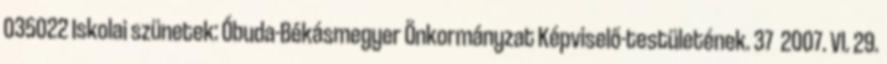
035022 Iskolai szünetek: Óbuda-Békásmegyer Önkormányzat Képviselő-testületének. 37 2007. VI. 29.